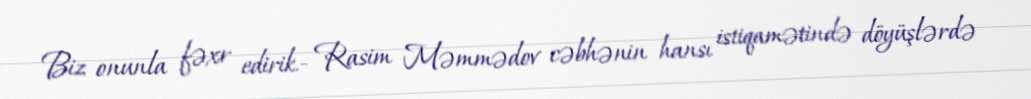
Biz onunla fəxr edirik.- Rasim Məmmədov cəbhənin hansı istiqamətində döyüşlərdə